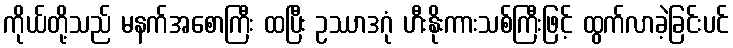
ကိုယ်တို့သည် မနက်အစောကြီး ထပြီး ဥဿာဒဂုံ ဟီးနိုးကားသစ်ကြီးဖြင့် ထွက်လာခဲ့ခြင်းပင်